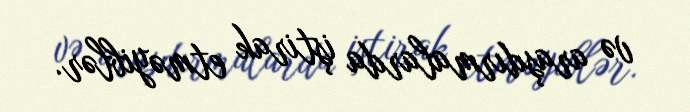
və araşdırmalarda iştirak etməyiblər.